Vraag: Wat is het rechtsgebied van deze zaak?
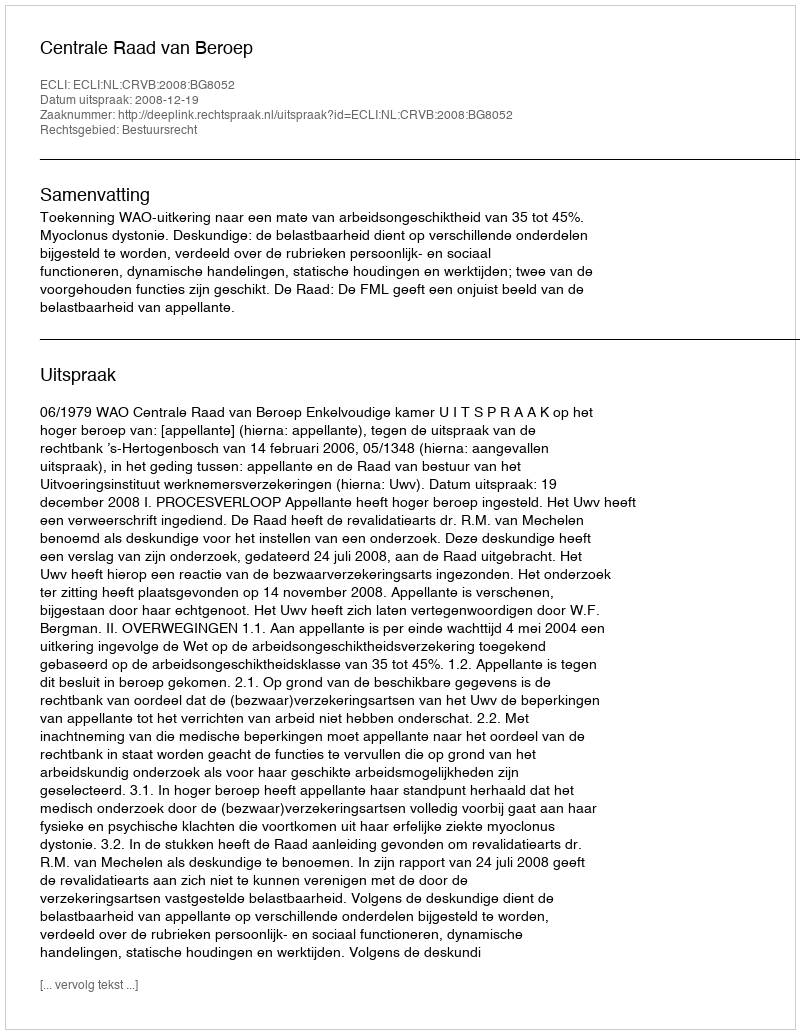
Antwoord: Bestuursrecht